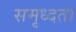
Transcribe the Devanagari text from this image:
समृध्दता